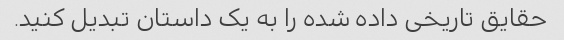
حقایق تاریخی داده شده را به یک داستان تبدیل کنید.